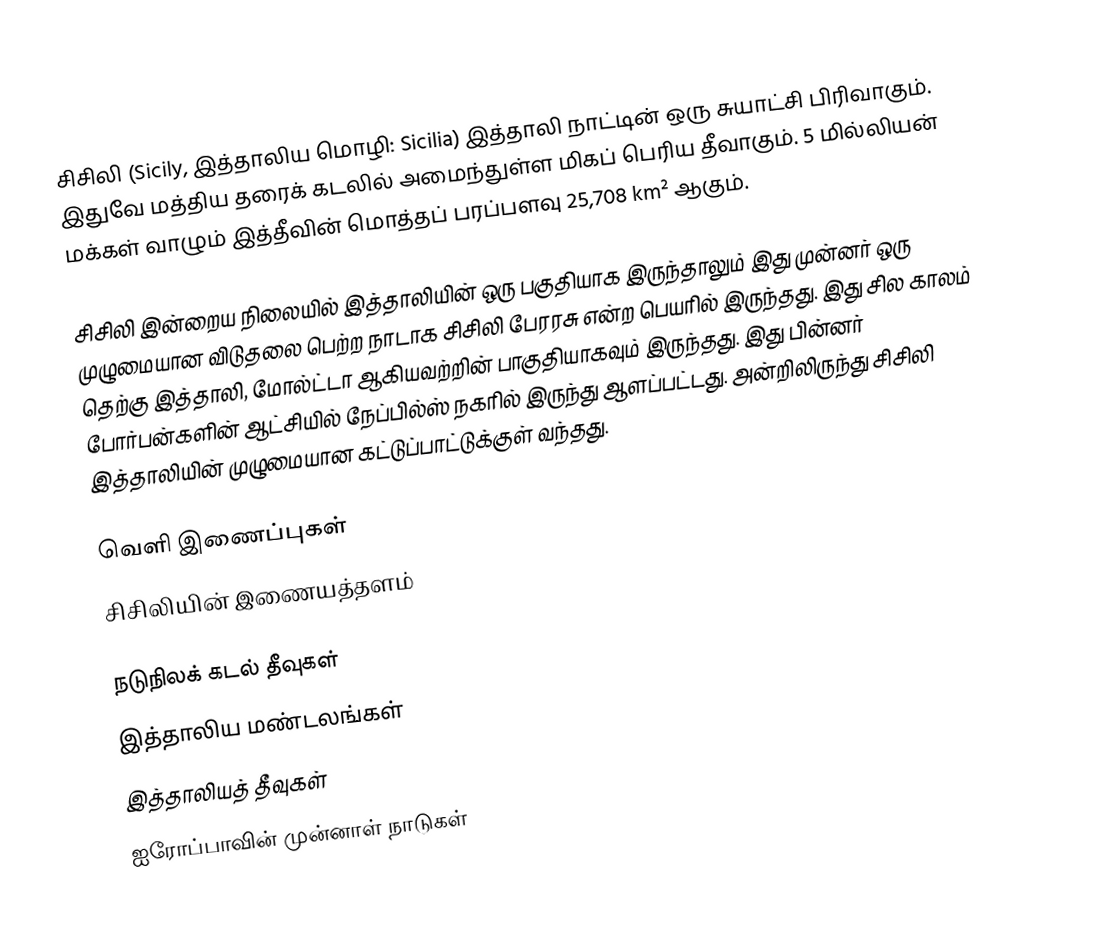
சிசிலி (Sicily, இத்தாலிய மொழி: Sicilia) இத்தாலி நாட்டின் ஒரு சுயாட்சி பிரிவாகும். இதுவே மத்திய தரைக் கடலில் அமைந்துள்ள மிகப் பெரிய தீவாகும். 5 மில்லியன் மக்கள் வாழும் இத்தீவின் மொத்தப் பரப்பளவு 25,708 km² ஆகும்.

சிசிலி இன்றைய நிலையில் இத்தாலியின் ஒரு பகுதியாக இருந்தாலும் இது முன்னர் ஒரு முழுமையான விடுதலை பெற்ற நாடாக சிசிலி பேரரசு என்ற பெயரில் இருந்தது. இது சில காலம் தெற்கு இத்தாலி, மோல்ட்டா ஆகியவற்றின் பாகுதியாகவும் இருந்தது. இது பின்னர் போர்பன்களின் ஆட்சியில் நேப்பில்ஸ் நகரில் இருந்து ஆளப்பட்டது. அன்றிலிருந்து சிசிலி இத்தாலியின் முழுமையான கட்டுப்பாட்டுக்குள் வந்தது.

வெளி இணைப்புகள்
 சிசிலியின் இணையத்தளம்

நடுநிலக் கடல் தீவுகள்
இத்தாலிய மண்டலங்கள்
இத்தாலியத் தீவுகள்
ஐரோப்பாவின் முன்னாள் நாடுகள்